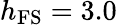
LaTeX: h_{\mathrm{FS}}=3.0